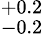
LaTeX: ^{+0.2}_{-0.2}